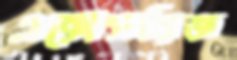
এক্সেসরিজ